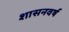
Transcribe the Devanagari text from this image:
शासनवर्ष